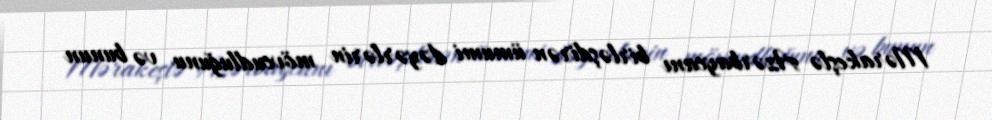
Mərakeşlə Azərbaycanı birləşdirən ümumi dəyərlərin mövcudluğunu və bunun